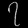
Digit: ၇